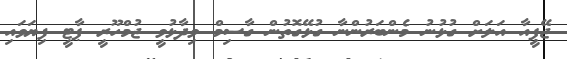
ޖޭޕީއާ އަލަށް ގުޅުނު މެންބަރުންނާ ގުޅޭގޮތުން ގާސިމް ވިދާޅުވީ ޖުމްހޫރީ ޕާޓީ ފިޔަވައި